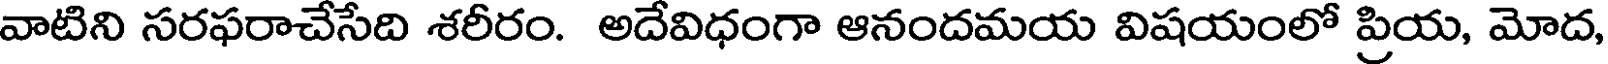
వాటిని సరఫరాచేసేది శరీరం. అదేవిధంగా ఆనందమయ విషయంలో ప్రియ, మోద